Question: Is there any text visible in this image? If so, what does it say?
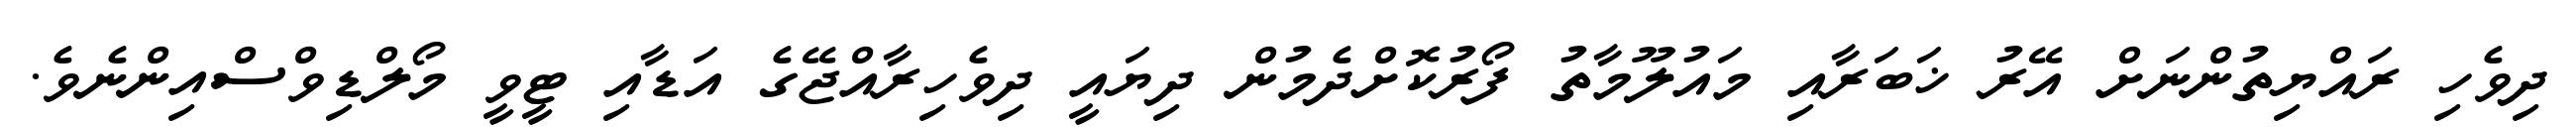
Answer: ދިވެހި ރައްޔިތުންނަށް އޭރު ޚަބަރާއި މައުލޫމާތު ފޯރުކޮށްދެމުން ދިޔައީ ދިވެހިރާއްޖޭގެ އަޑާއި ޓީވީ މޯލްޑިވްސްއިންނެވެ.